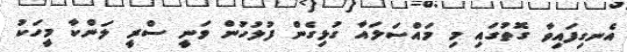
އެނގިފައިވާ ގޮތުގައި މި މައްސަލައާ ގުޅިގެން ފުލުހުން ވަނީ ސްރީ ލަންކާ މީހަކު